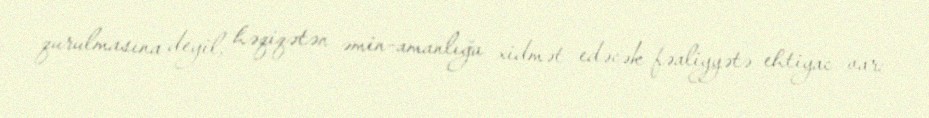
qurulmasına deyil, həqiqətən əmin-amanlığa xidmət edəcək fəaliyyətə ehtiyac var: